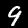
Digit: 9